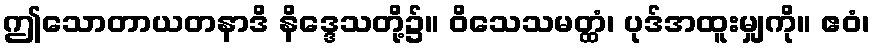
ဤသောတာယတနာဒိ နိဒ္ဒေသတို့၌။ ဝိသေသမတ္ထံ၊ ပုဒ်အထူးမျှကို။ ဧဝံ၊